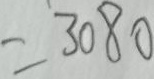
= 3 0 8 0